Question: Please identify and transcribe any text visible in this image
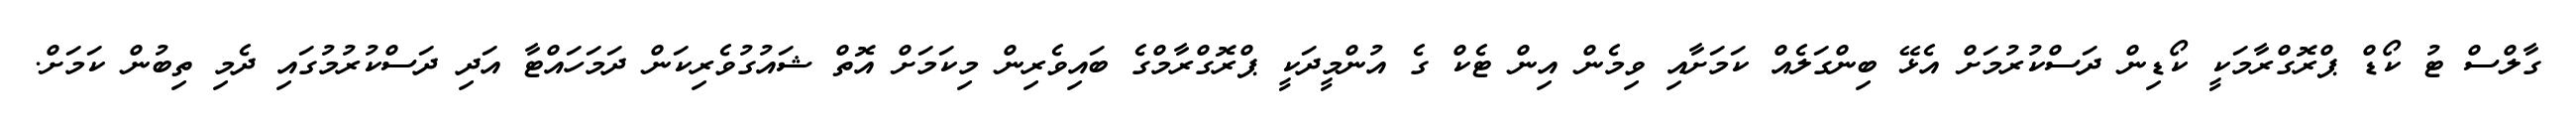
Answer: ގާލްސް ޓު ކޯޑް ޕްރޮގްރާމަކީ ކޯޑިން ދަސްކުރުމަށް އެޅޭ ބިންގަލެއް ކަމަށާއި ވިމެން އިން ޓެކް ގެ އުންމީދަކީ ޕްރޮގްރާމްގެ ބައިވެރިން މިކަމަށް އޮތް ޝައުގުވެރިކަން ދަމަހައްޓާ އަދި ދަސްކުރުމުގައި ދެމި ތިބުން ކަމަށް.